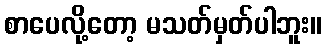
စာပေလို့တော့ မသတ်မှတ်ပါဘူး။